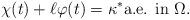
LaTeX: \begin{align*}\chi(t) + \ell \varphi(t) = \kappa^* \textrm{a.e. in $\Omega$.}\end{align*}